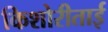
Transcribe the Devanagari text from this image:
किशोरीताई